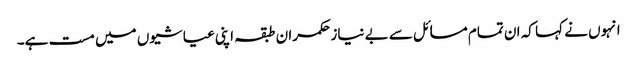
انہوں نے کہا کہ ان تمام مسائل سے بے نیاز حکمران طبقہ اپنی عیاشیوں میں مست ہے۔